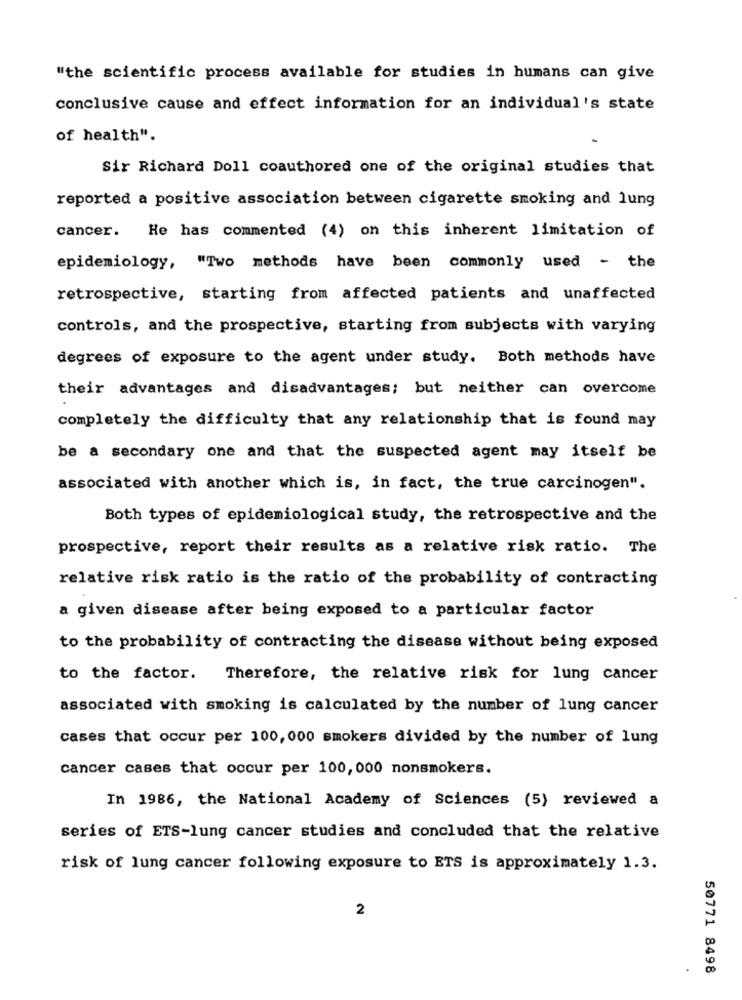
"the scientific process available for studies in humans can give
conclusive cause and effect information for an individual's state
of health".
Sir Richard Doll coauthored one of the original studies that
reported a positive association between cigarette smoking and lung
cancer. He has commented (4) on this inherent limitation of
epidemiology, "Two methods have been commonly used - the
retrospective, starting from affected patients and unaffected
controls, and the prospective, starting from subjects with varying
degrees of exposure to the agent under study. Both methods have
their advantages and disadvantages; but neither can overcome
completely the difficulty that any relationship that is found may
be a secondary one and that the suspected agent may itself be
associated with another which is, in fact, the true carcinogen".
Both types of epidemiological study, the retrospective and the
prospective, report their results as a relative risk ratio. The
relative risk ratio is the ratio of the probability of contracting
a given disease after being exposed to a particular factor
to the probability of contracting the disease without being exposed
to the factor.
Therefore, the relative risk for lung cancer
associated with smoking is calculated by the number of lung cancer
cases that occur per 100, 000 smokers divided by the number of lung
cancer cases that occur per 100, 000 nonsmokers.
In 1986, the National Academy of Sciences (5) reviewed a
series of ETS-lung cancer studies and concluded that the relative
risk of lung cancer following exposure to ETS is approximately 1.3.
2
50771 8498